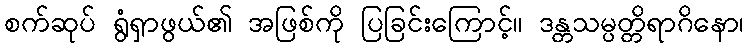
စက်ဆုပ် ရွံရှာဖွယ်၏ အဖြစ်ကို ပြခြင်းကြောင့်။ ဒန္တသမ္ပတ္တိရာဂိနော၊